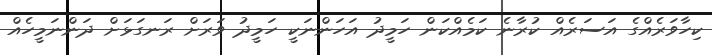
ކިހާވަރެއްގެ އަސަރެއް ކުރާނެ ކަމެއްކަން ހަމީދު އަހަންނަކީ ހަމީދު ވަރަށް ރަނގަޅަށް ދަންނަމީހެއް